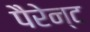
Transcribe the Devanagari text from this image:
पैरेन्ट